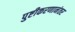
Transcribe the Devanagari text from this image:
पुष्टीकरणानंतर